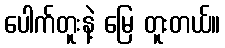
ပေါက်တူးနဲ့ မြေ တူးတယ်။